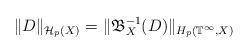
LaTeX: \begin{align*} \|D\|_{\mathcal{H}_p(X)}= \|\mathfrak{B}_X^{-1}(D)\|_{H_{p}(\mathbb{T}^{\infty},X)}\end{align*}